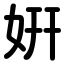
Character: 姸